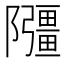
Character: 𫕘